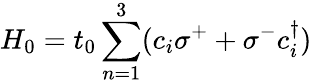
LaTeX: H_{0}=t_{0}\sum_{n=1}^{3}(c_{i}\sigma^{+}+\sigma^{-}c_{i}^{\dagger})